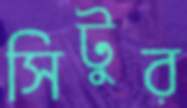
সিটুর